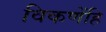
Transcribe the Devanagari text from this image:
विकणेंहि